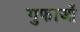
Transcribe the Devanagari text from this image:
गुफाओँ